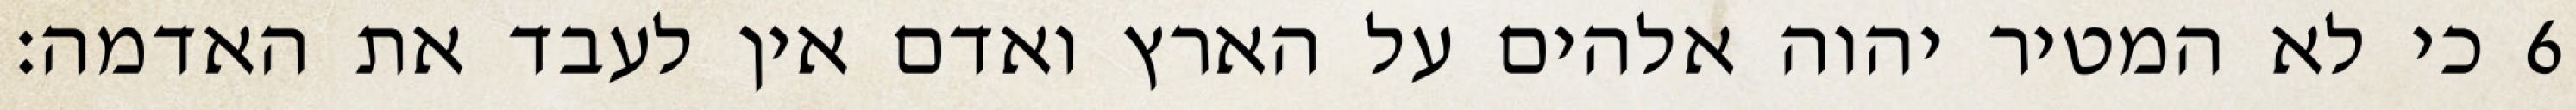
כי לא המטיר יהוה אלהים על הארץ ואדם אין לעבד את האדמה׃ ‎6‏